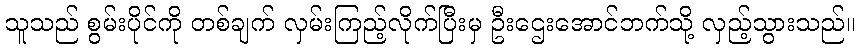
သူသည် စွမ်းပိုင်ကို တစ်ချက် လှမ်းကြည့်လိုက်ပြီးမှ ဦးဌေးအောင်ဘက်သို့ လှည့်သွားသည်။